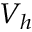
V _ { h }